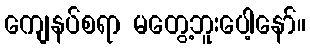
ကျေနပ်စရာ မတွေ့ဘူးပေါ့နော်။